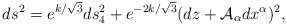
\begin{align*}ds^{2}=e^{k/\sqrt{3}}ds_{4}^{2}+e^{-2k/\sqrt{3}}(dz + {\cal A}_{\alpha}dx^{\alpha })^{2}, \end{align*}